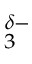
_ 3 ^ { \delta - }